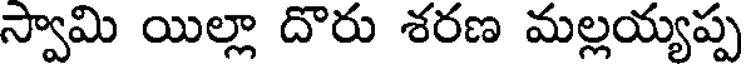
స్వామి యిల్లా దొరు శరణ మల్లయ్యప్ప